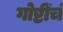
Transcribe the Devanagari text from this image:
गोष्टींचं